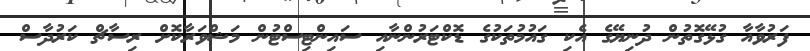
ފަރުވާއާ ގުޅޭގޮތުން ދުނިޔޭގެ އެކި ގައުމުތަކުގެ ޑޮކްޓަރުންނާއި ސައިންޓިސްޓުން މަޝްވަރާކޮށް ރިސާޗް ކަރުދާސް